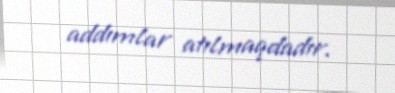
addımlar atılmaqdadır.